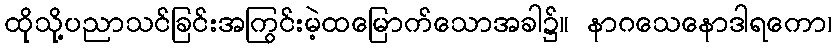
ထိုသို့ပညာသင်ခြင်းအကြွင်းမဲ့ထမြောက်သောအခါ၌။ နာဂသေနောဒါရကော၊